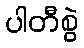
ပါတီစွဲ